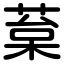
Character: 葈